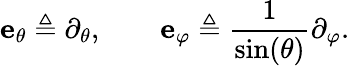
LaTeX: \mathbf{e}_{\theta}\triangleq\partial_{\theta},\qquad\mathbf{e}_{\varphi}\triangleq\frac{1}{\sin(\theta)}\partial_{\varphi}.